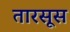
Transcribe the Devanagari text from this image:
तारसूस